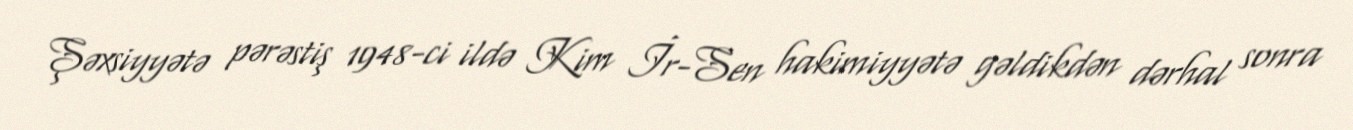
Şəxsiyyətə pərəstiş 1948-ci ildə Kim İr-Sen hakimiyyətə gəldikdən dərhal sonra